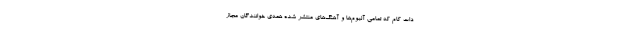
دات کام که تمامی آلبوم‌ها و آهنگ‌های منتشر شده همه‌ی خوانندگان مجاز